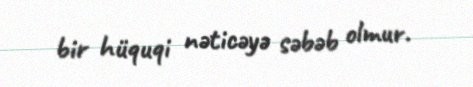
bir hüquqi nəticəyə səbəb olmur.